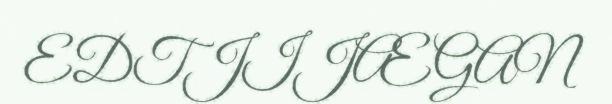
EDTJIJÆGAN